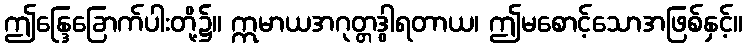
ဤန္ဒြေခြောက်ပါးတို့၌။ ဣမာယအဂုတ္တဒွါရတာယ၊ ဤမစောင့်သောအဖြစ်နှင့်။